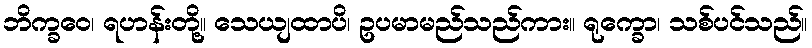
ဘိက္ခဝေ၊ ရဟန်းတို့။ သေယျထာပိ၊ ဥပမာမည်သည်ကား။ ရုက္ခော၊ သစ်ပင်သည်။